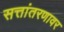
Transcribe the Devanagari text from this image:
सत्तांतरणावर